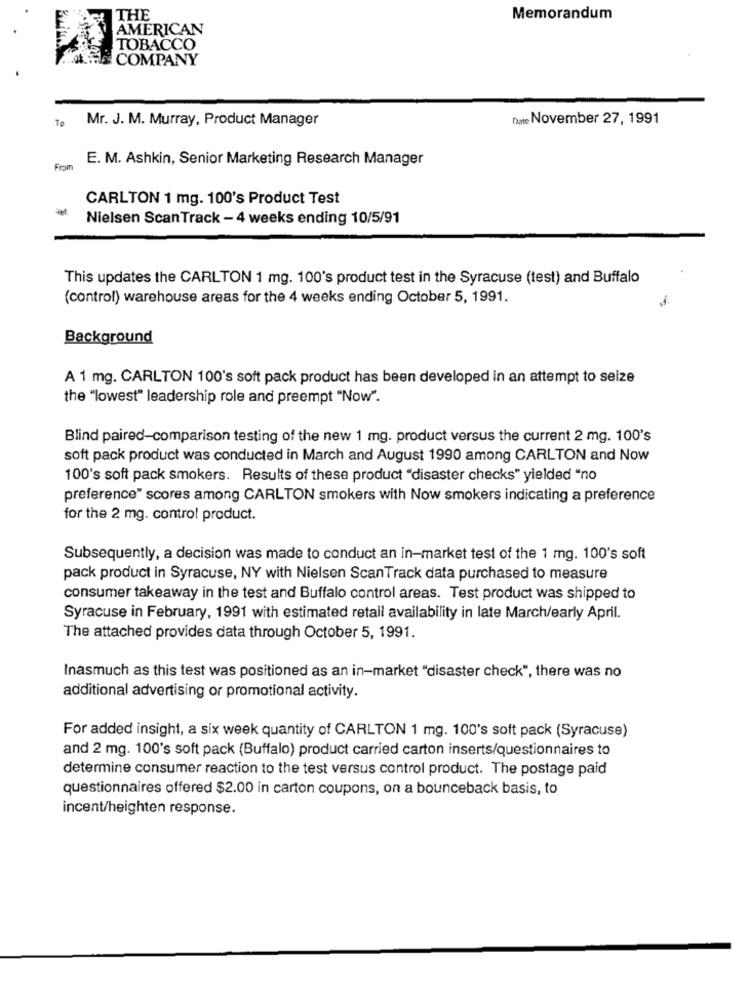
THE
Memorandum
AMERICAN
TOBACCO
COMPANY
To
Mr. J. M. Murray, Product Manager
Date November 27, 1991
E. M. Ashkin, Senior Marketing Research Manager
From
CARLTON 1 mg. 100's Product Test
Nielsen ScanTrack - 4 weeks ending 10/5/91
This updates the CARLTON 1 mg. 100's product test in the Syracuse (test) and Buffalo
(control) warehouse areas for the 4 weeks ending October 5, 1991.
Background
A 1 mg. CARLTON 100's soft pack product has been developed in an attempt to seize
the "lowest" leadership role and preempt "Now".
Blind paired-comparison testing of the new 1 mg. product versus the current 2 mg. 100's
soft pack product was conducted in March and August 1990 among CARLTON and Now
100's soft pack smokers. Results of these product "disaster checks" yielded "no
preference" scores among CARLTON smokers with Now smokers indicating a preference
for the 2 mg. control product.
Subsequently, a decision was made to conduct an in-market test of the 1 mg. 100's soft
pack product in Syracuse, NY with Nielsen ScanTrack data purchased to measure
consumer takeaway in the test and Buffalo control areas. Test product was shipped to
Syracuse in February, 1991 with estimated retail availability in late March/early April.
The attached provides data through October 5, 1991.
Inasmuch as this test was positioned as an in-market "disaster check", there was no
additional advertising or promotional activity.
For added insight, a six week quantity of CARLTON 1 mg. 100's soft pack (Syracuse)
and 2 mg. 100's soft pack (Buffalo) product carried carton inserts/questionnaires to
determine consumer reaction to the test versus control product. The postage paid
questionnaires offered $2.00 in carton coupons, on a bounceback basis, to
incent/heighten response.